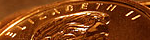
ELIZABETH II